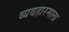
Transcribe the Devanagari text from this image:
व्यवहारमाला